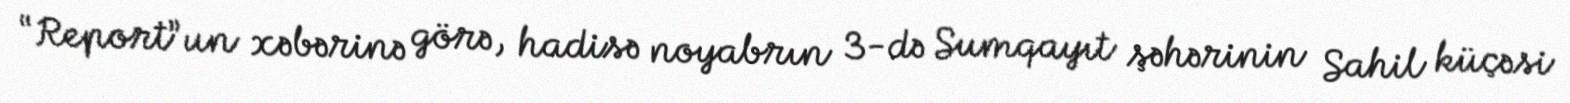
“Report”un xəbərinə görə, hadisə noyabrın 3-də Sumqayıt şəhərinin Sahil küçəsi